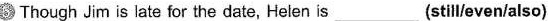
6 Though Jim is late for the date, Helen is ___ (still/even/also)